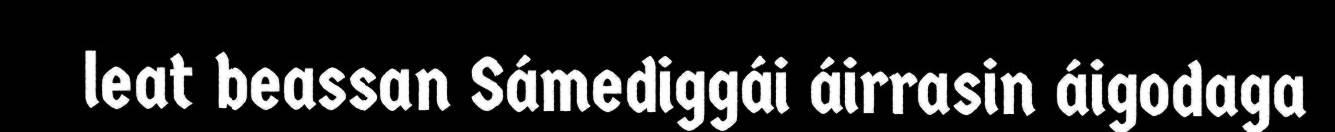
leat beassan Sámediggái áirrasin áigodaga